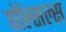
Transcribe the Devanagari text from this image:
पॉल्सल्स